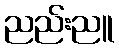
ညည်းညူ